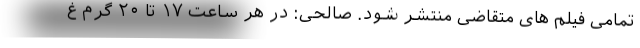
تمامی فیلم های متقاضی منتشر شود. صالحی: در هر ساعت ۱۷ تا ۲۰ گرم غ